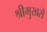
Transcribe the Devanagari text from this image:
श्रीमुखसे